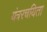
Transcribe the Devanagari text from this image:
यंत्ररचयिता